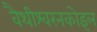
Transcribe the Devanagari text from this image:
वैथीश्वरनकोइल